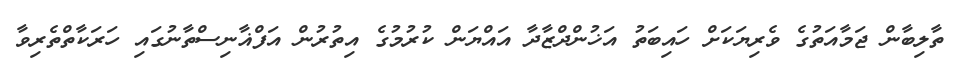
ތާލިބާން ޖަމާއަތުގެ ވެރިޔަކަށް ހައިބަތު އަޚުންދްޒާދާ އައްޔަން ކުރުމުގެ އިތުރުން އަފްޣާނިސްތާނުގައި ހަރަކާތްތެރިވާ